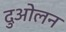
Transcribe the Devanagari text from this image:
दुओलन